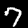
Digit: 7